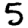
Digit: 5